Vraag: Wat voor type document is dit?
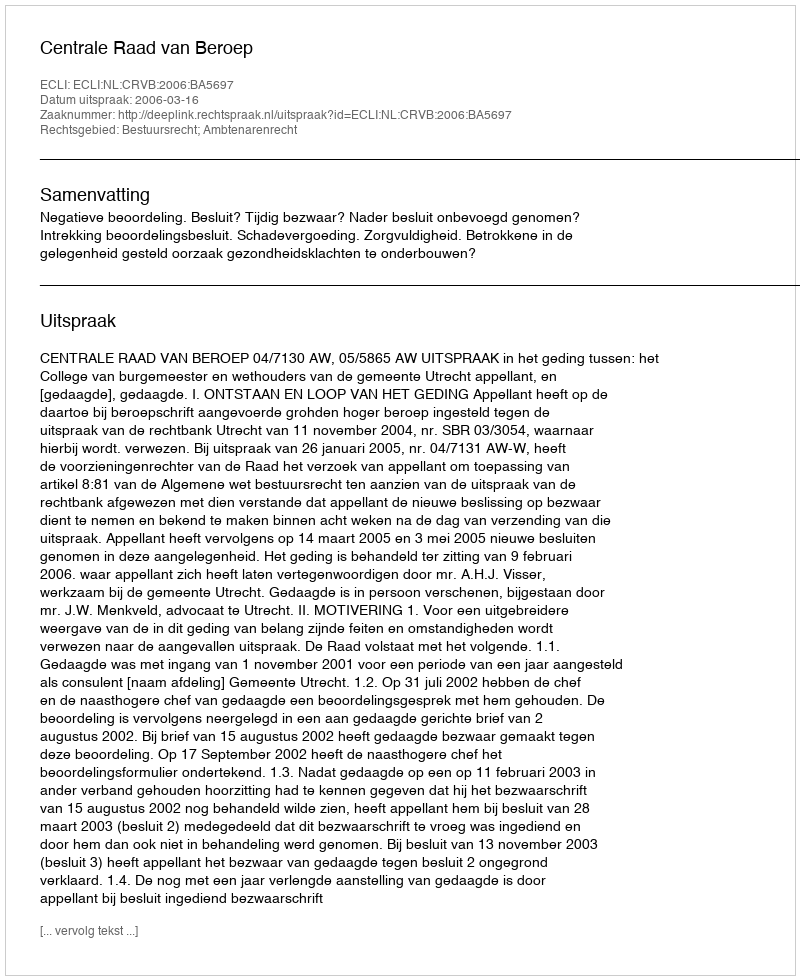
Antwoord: Uitspraak